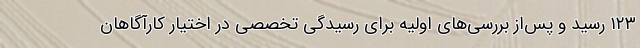
۱۲۳ رسید و پس‌از بررسی‌های اولیه برای رسیدگی تخصصی در اختیار کارآگاهان